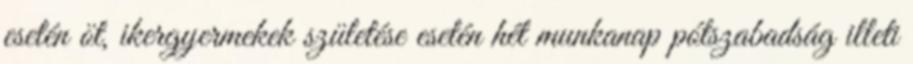
esetén öt, ikergyermekek születése esetén hét munkanap pótszabadság illeti